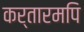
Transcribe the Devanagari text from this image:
कर्तारमपि